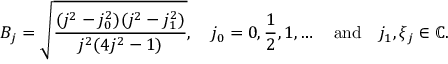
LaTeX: B _ { j } = { \sqrt { \frac { ( j ^ { 2 } - j _ { 0 } ^ { 2 } ) ( j ^ { 2 } - j _ { 1 } ^ { 2 } ) } { j ^ { 2 } ( 4 j ^ { 2 } - 1 ) } } } , \quad j _ { 0 } = 0 , { \frac { 1 } { 2 } } , 1 , \ldots \quad { \mathrm { a n d } } \quad j _ { 1 } , \xi _ { j } \in \mathbb { C } .